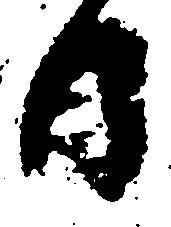
日